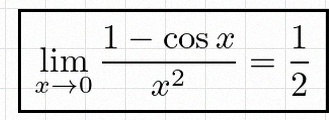
\lim_{x\to0}\frac{1-\cos x}{x^2}=\frac12